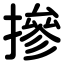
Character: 摻